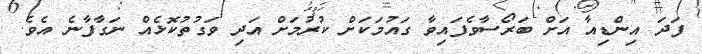
ފަދަ އިންޑިއާ އަށް ބަރޯސާވެފައިވާ ގައުމަކަށް ކުރުމަށް އަދި ވަގުތުކޮޅެއް ނަގާފާނެ އެވެ.